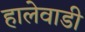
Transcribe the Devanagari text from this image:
हालेवाडी